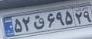
۵۲ق۶۹۵۲۹